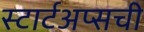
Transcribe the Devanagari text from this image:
स्टार्टअप्सची